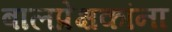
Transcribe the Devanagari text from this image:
बालप्रेक्षकांना